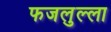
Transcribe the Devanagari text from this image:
फजलुल्ला